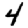
Digit: 4